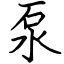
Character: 泵